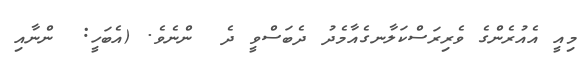
މިއީ އެއުރެންގެ ވެރިރަސްކަލާނގެއާމެދު ދެބަސްވީ ދެ  ންނެވެ. (އެބަހީ:  ންނާއި